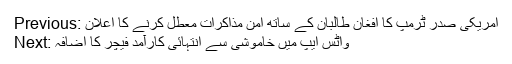
Previous: امریکی صدر ٹرمپ کا افغان طالبان کے ساتھ امن مذاکرات معطل کرنے کا اعلان
Next: واٹس ایپ میں خاموشی سے انتہائی کارآمد فیچر کا اضافہ